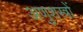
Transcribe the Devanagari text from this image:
अणुशस्त्रों